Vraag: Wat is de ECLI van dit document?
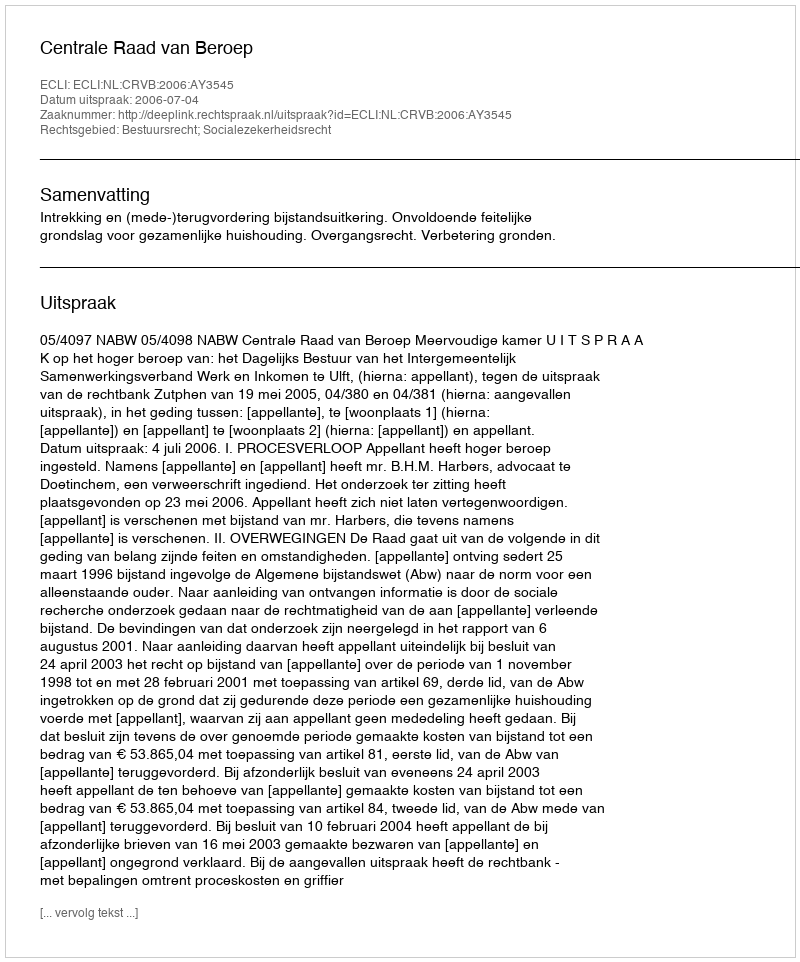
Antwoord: ECLI:NL:CRVB:2006:AY3545